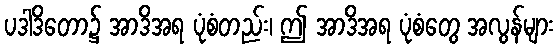
ပဒါဒိတော၌ အာဒိအရ ပုံစံတည်း၊ ဤ အာဒိအရ ပုံစံတွေ အလွန်များ